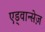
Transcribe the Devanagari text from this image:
एड्वान्सेज़